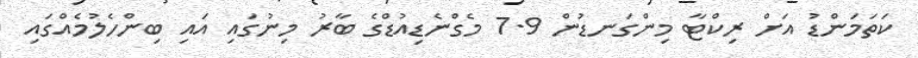
ކަތަމަންޑު އަށް ރިކްޓާ މިންގަނޑުން 7.9 މެގްނެޑިއުޑްގެ ބާރު މިނުގައި އައި ބިންހެލުމެއްގައި